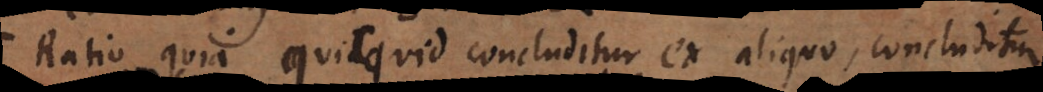
Ratio quia quicquid concluditur ex aliquo, concludi